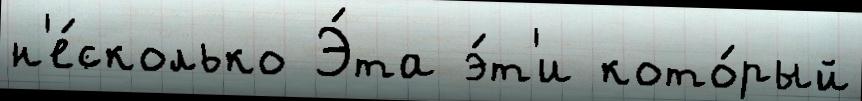
н'е́сколько Э́та э́т'и кото́рый